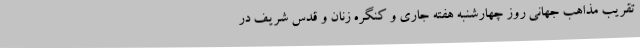
تقریب مذاهب جهانی روز چهارشنبه هفته جاری و کنگره زنان و قدس شریف در